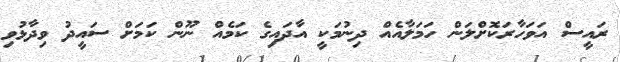
ރައީސް އަވަހާރަކޮށްލަން ހަމަލާއެއް ދިނުމަކީ އާދައިގެ ކަމެއް ނޫން ކަމަށް ސައީދު ވިދާޅުވި